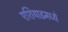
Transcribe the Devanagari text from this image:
एशियाडमध्ये